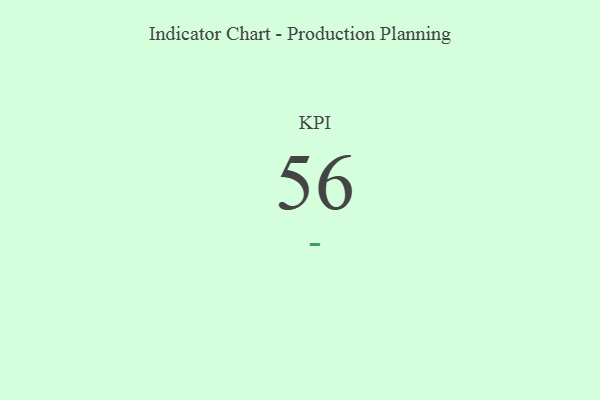
{"axis": {"x": "KPI", "y": "Value"}, "legend": [""], "data": [{"x": "KPI", "y": 56, "type": ""}]}